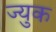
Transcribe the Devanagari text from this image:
ज्युक